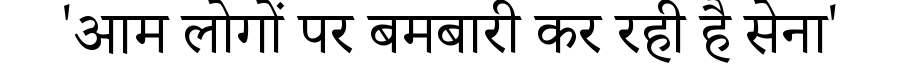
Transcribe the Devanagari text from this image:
'आम लोगों पर बमबारी कर रही है सेना'